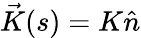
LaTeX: \vec{K}(s)=K\hat{n}